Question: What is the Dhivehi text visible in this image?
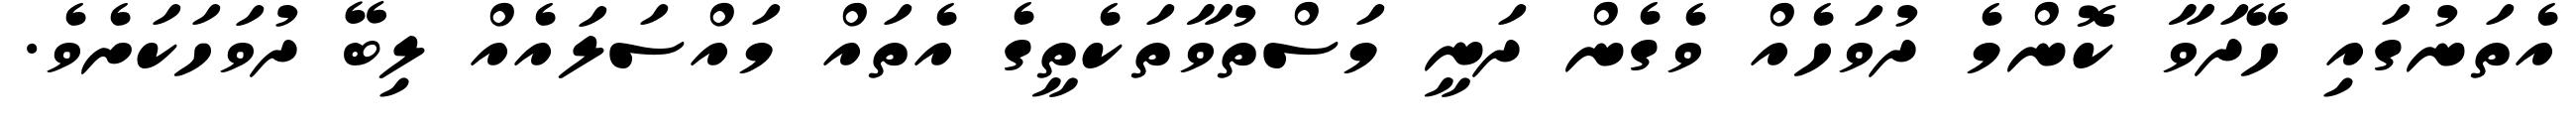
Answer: އެތަނުގައި ހޭދަވާ ކޮންމެ ދުވަހެއް ވެގެން ދަނީ މަސްތުވާތަކެތީގެ އެތައް މައްސަލައެއް ލިބޭ ދުވަހަކަށެވެ.